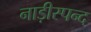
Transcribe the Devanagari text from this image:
नाड़ीस्पन्द